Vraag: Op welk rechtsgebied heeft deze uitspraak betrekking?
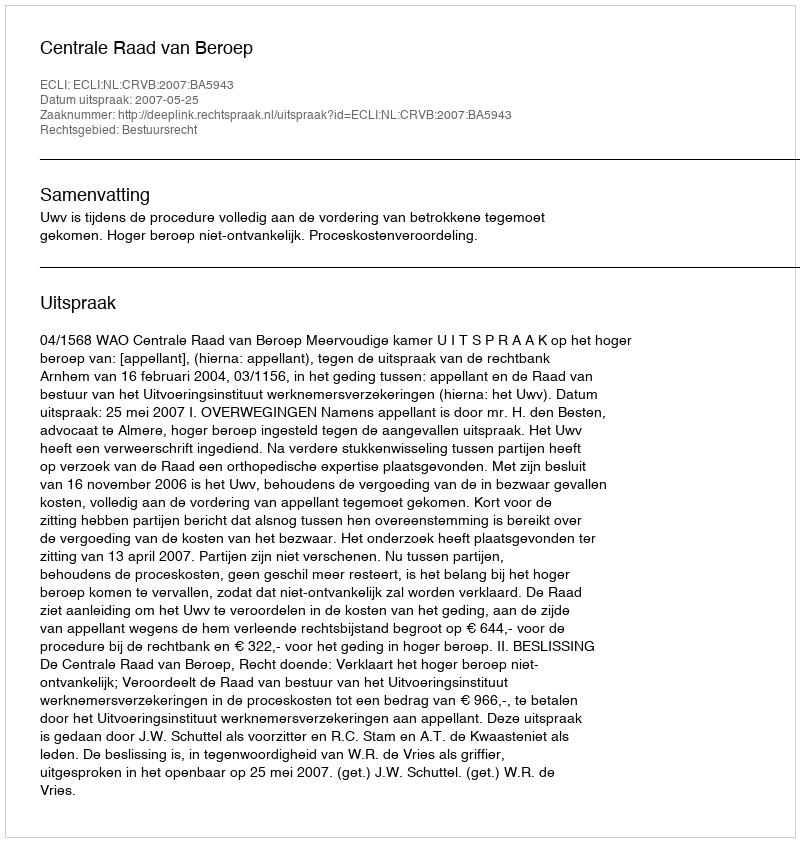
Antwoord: Bestuursrecht